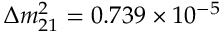
\Delta m _ { 2 1 } ^ { 2 } = 0 . 7 3 9 \times 1 0 ^ { - 5 }